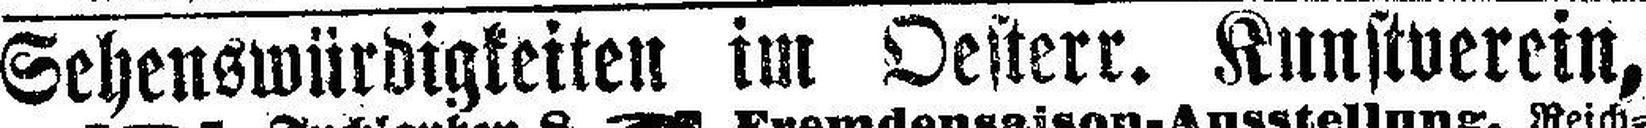
Sehenswürdigkeiten im Oesterr. Kunstverein.